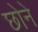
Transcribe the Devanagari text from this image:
छोने